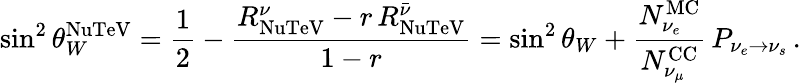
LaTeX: \sin^{2}\theta_{W}^{\mathrm{NuTeV}}=\frac{1}{2}-\frac{R_{\mathrm{NuTeV}}^{\nu}-r\, R_{\mathrm{NuTeV}}^{\bar{\nu}}}{1-r}=\sin^{2}\theta_{W}+\frac{N_{\nu_{e}}^{\mathrm{MC}}}{N_{\nu_{\mu}}^{\mathrm{CC}}}\, P_{\nu_{e}\to\nu_{s}}\, .